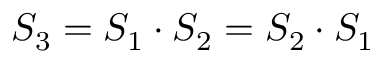
S _ { 3 } = S _ { 1 } \cdot S _ { 2 } = S _ { 2 } \cdot S _ { 1 }